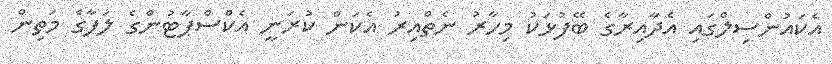
އެކައުންސިލްގައި އެދާއިރާގެ ބޭފުޅަކު މިހާރު ނެތްއިރު އެކަން ކުރަނީ އެކްސްޕާޓުންގެ ލަފާގެ މަތިން